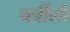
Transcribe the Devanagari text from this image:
चर्चीली